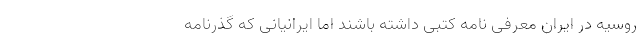
روسیه در ایران معرفی نامه کتبی داشته باشند اما ایرانیانی که گذرنامه